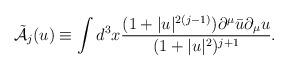
LaTeX: \begin{align*}\mbox{$\cal{\tilde{A}}$}_j(u) \equiv \int d^3 x \frac{(1+|u|^{2(j-1)})\partial^{\mu}\bar{u}\partial_{\mu}u} {(1+|u|^2)^{j+1}}.\end{align*}